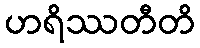
ဟရိဿတီတိ